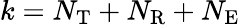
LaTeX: k=N_{\mathrm{T}}+N_{\mathrm{R}}+N_{\mathrm{E}}